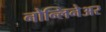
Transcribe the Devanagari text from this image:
नोन्लिनेअर